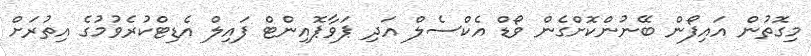
މިގޮތުން އައިފޯން ބޭނުންކޮށްގެން ވޯޑް އެކްސެލް އަދި ޕަވާޕޮއިންޓް ފައިލް އެޑިޓްކުރެވުމުގެ އިތުރަށް